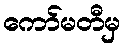
ကော်မတီမှ